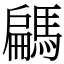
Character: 騗